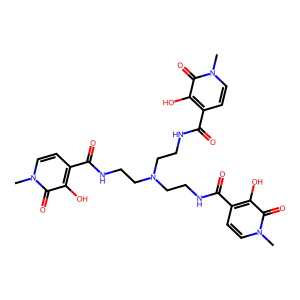
SMILES: Cn1ccc(C(=O)NCCN(CCNC(=O)c2ccn(C)c(=O)c2O)CCNC(=O)c2ccn(C)c(=O)c2O)c(O)c1=O
Inhibits HIV replication: No